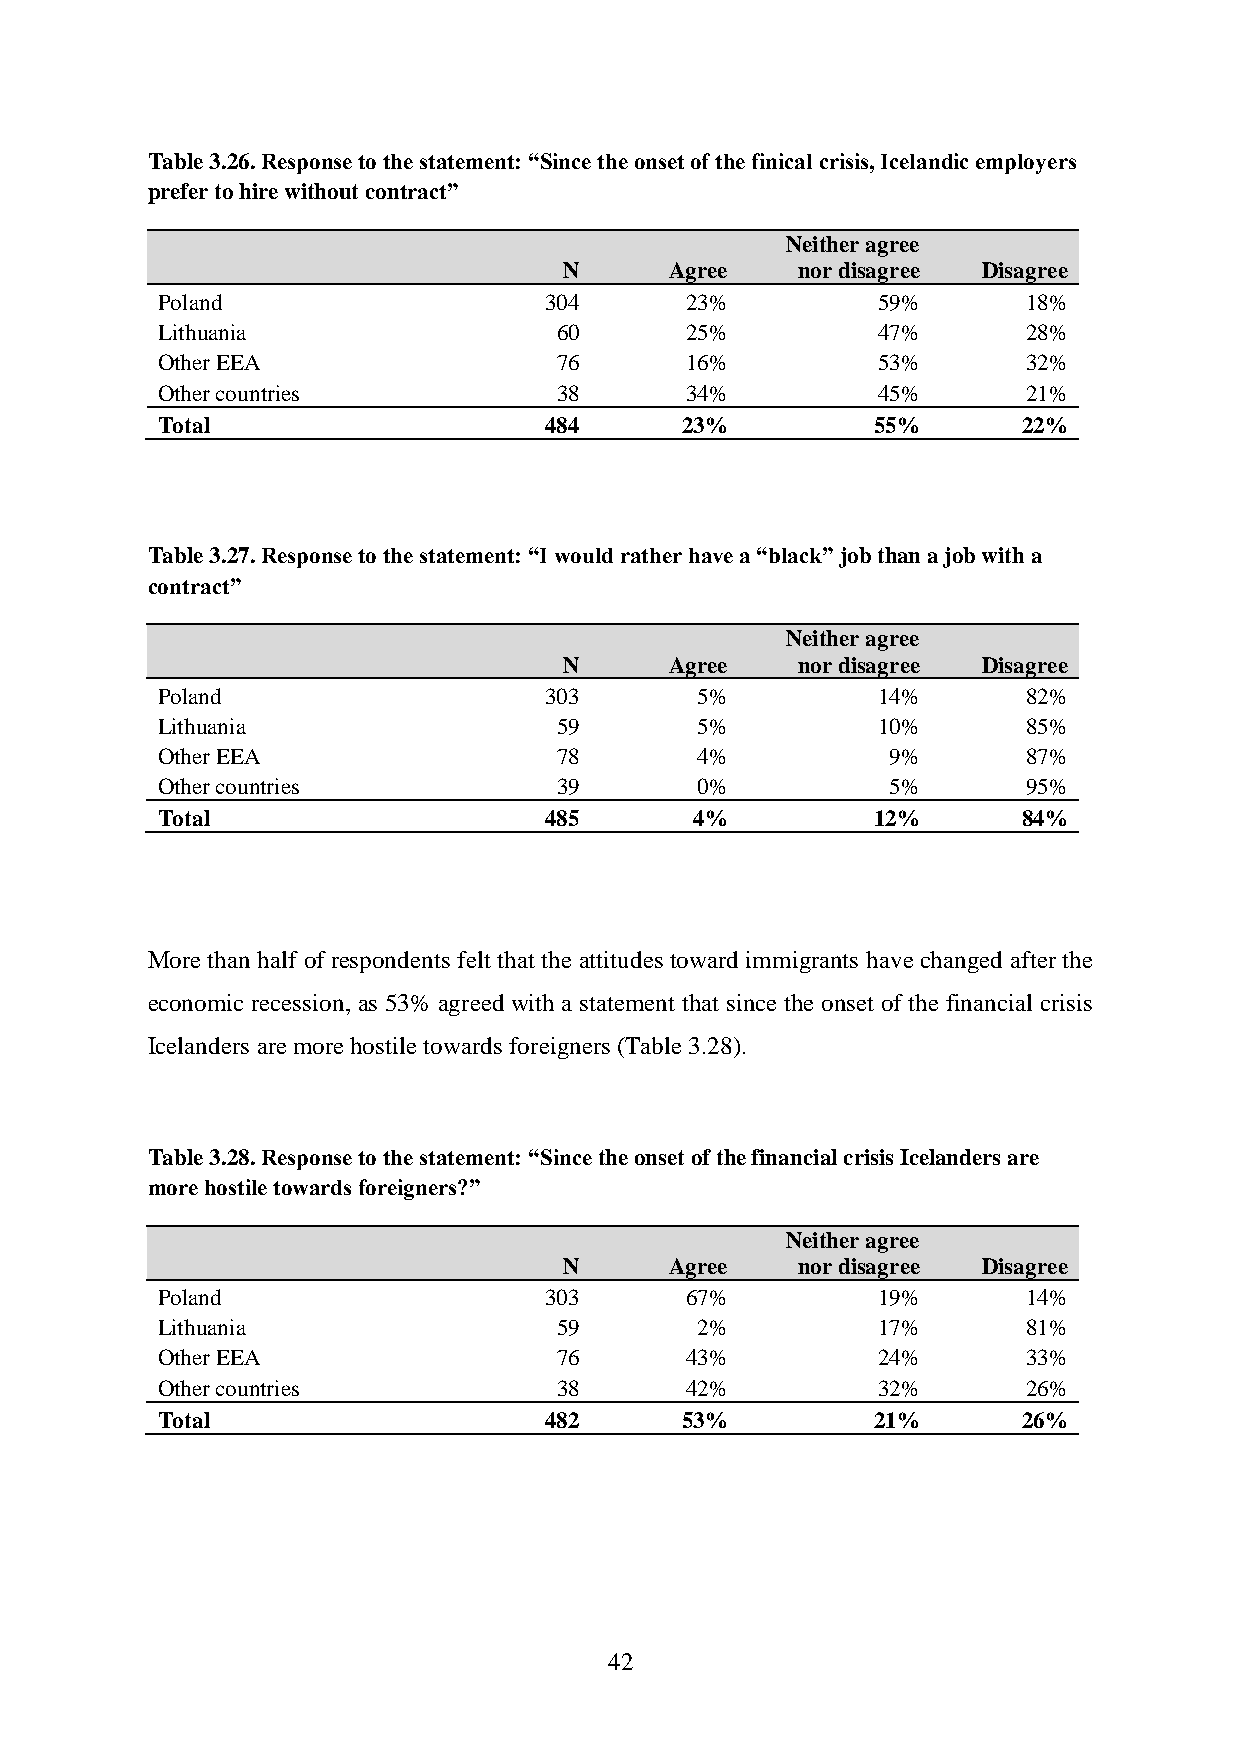
Table 3.26. Response to the statement: “Since the onset of the finical crisis, Icelandic employers
 prefer to hire without contract”
 Neither agree
 N      Agree    nor disagree Disagree
 Poland                    304      23%          59%       18%
 Lithuania                  60      25%          47%       28%
 Other EEA                  76      16%          53%       32%
 Other countries            38      34%          45%       21%
 Total                     484      23%          55%       22%
 Table 3.27. Response to the statement: “I would rather have a “black” job than a job with a
 contract”
 Neither agree
 N      Agree    nor disagree Disagree
 Poland                    303       5%          14%       82%
 Lithuania                  59       5%          10%       85%
 Other EEA                  78       4%           9%       87%
 Other countries            39       0%           5%       95%
 Total                     485       4%          12%       84%
 More than half of respondents felt that the attitudes toward immigrants have changed after the
 economic recession, as 53% agreed with a statement that since the onset of the financial crisis
 Icelanders are more hostile towards foreigners (Table 3.28).
 Table 3.28. Response to the statement: “Since the onset of the financial crisis Icelanders are
 more hostile towards foreigners?”
 Neither agree
 N      Agree    nor disagree Disagree
 Poland                    303      67%          19%       14%
 Lithuania                  59       2%          17%       81%
 Other EEA                  76      43%          24%       33%
 Other countries            38      42%          32%       26%
 Total                     482      53%          21%       26%
 42